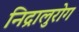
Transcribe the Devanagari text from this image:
निद्रालुरोग